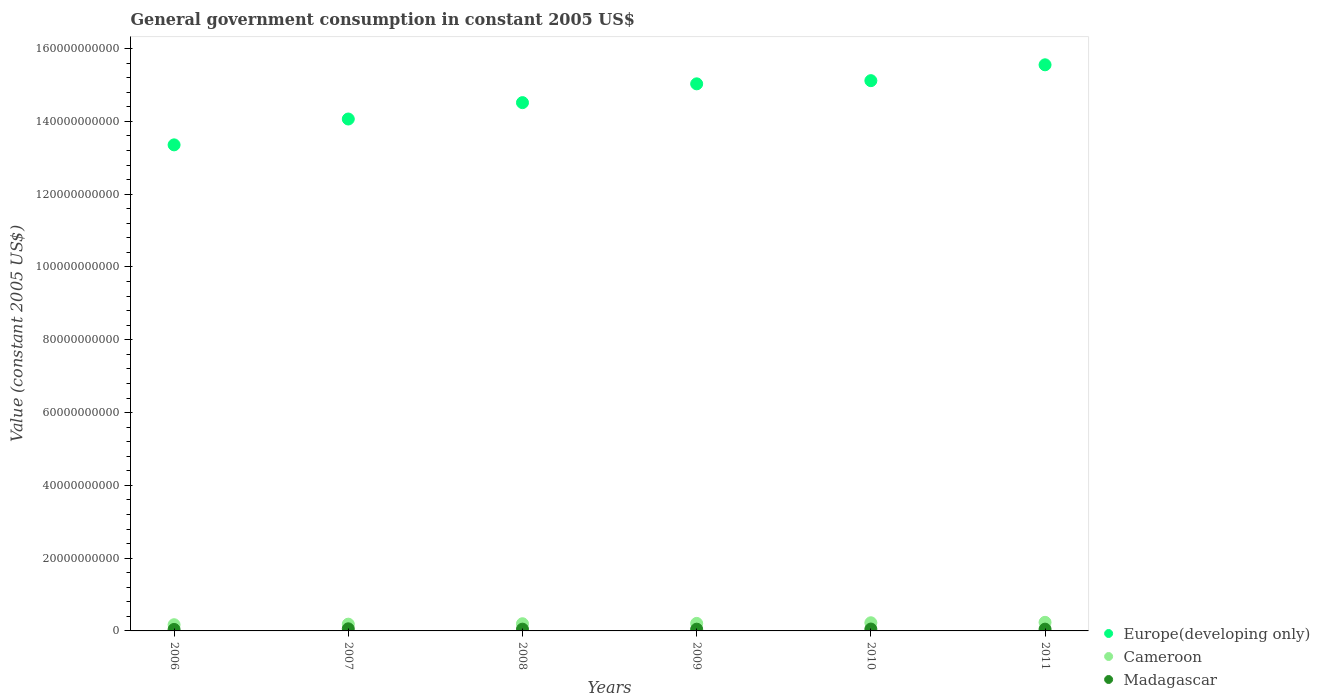
| Years | Europe(developing only) | Cameroon | Madagascar |
 | --- | --- | --- | --- |
 | 2006 | 1.34e+11 | 1.7e+09 | 4.1e+08 |
 | 2007 | 1.41e+11 | 1.86e+09 | 5.8e+08 |
 | 2008 | 1.45e+11 | 1.97e+09 | 4.82e+08 |
 | 2009 | 1.5e+11 | 2.07e+09 | 4.81e+08 |
 | 2010 | 1.51e+11 | 2.24e+09 | 5.17e+08 |
 | 2011 | 1.56e+11 | 2.36e+09 | 4.89e+08 |